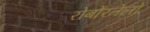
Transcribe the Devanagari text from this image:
रोबोरतेलो